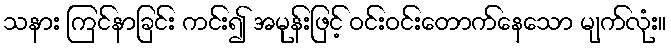
သနား ကြင်နာခြင်း ကင်း၍ အမုန်းဖြင့် ဝင်းဝင်းတောက်နေသော မျက်လုံး။